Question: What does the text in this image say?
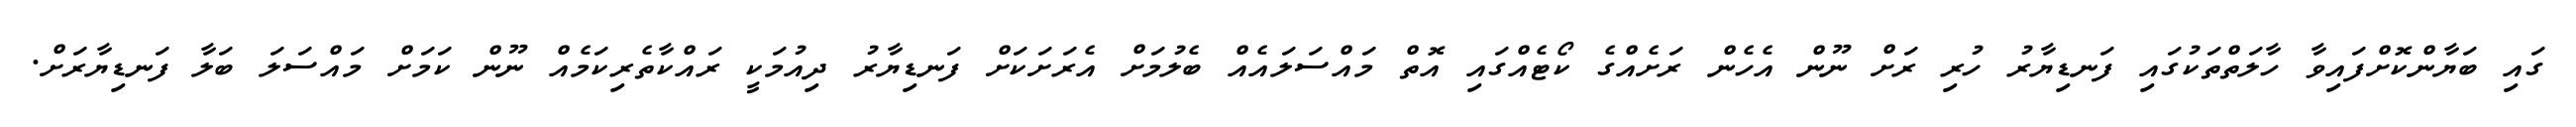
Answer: ގައި ބަޔާންކޮށްފައިވާ ހާލަތްތަކުގައި ފަނޑިޔާރު ހުރި ރަށް ނޫން އެހެން ރަށެއްގެ ކޯޓެއްގައި އޮތް މައްސަލައެއް ބެލުމަށް އެރަށަކަށް ފަނޑިޔާރު ދިއުމަކީ ރައްކާތެރިކަމެއް ނޫން ކަމަށް މައްސަލަ ބަލާ ފަނޑިޔާރަށް.